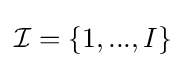
{\mathcal {I}}=\{1,...,I\}